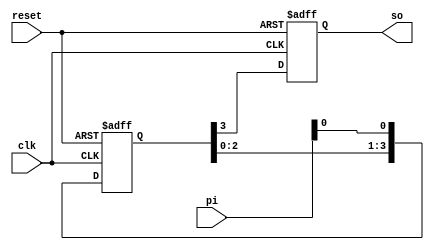
`timescale 1ns / 1ps
//////////////////////////////////////////////////////////////////////////////////
// Company: 
// Engineer: 
// 
// Design Name: 
// Module Name: piso
// Project Name: 
// Target Devices: 
// Tool Versions: 
// Description: 
// 
// Dependencies: 
// 
// Revision:
// Revision 0.01 - File Created
// Additional Comments:
// 
//////////////////////////////////////////////////////////////////////////////////


module piso(clk,reset,pi,so );
input clk,reset;
input [3:0]pi;
output reg so;
reg [3:0]temp;
always@(posedge clk or posedge reset)
begin
if(reset)
begin
temp<=4'b0000;
so<=1'b0;
end
else
begin
temp<={temp[2:0],pi[0]};
so<=temp[3];
end
end





endmodule